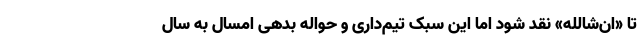
تا «ان‌شالله» نقد شود اما این سبک تیم‌داری و حواله بدهی امسال به سال